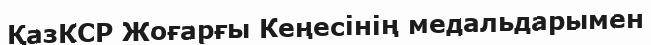
ҚазКСР Жоғарғы Кеңесінің медальдарымен